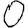
Digit: 0